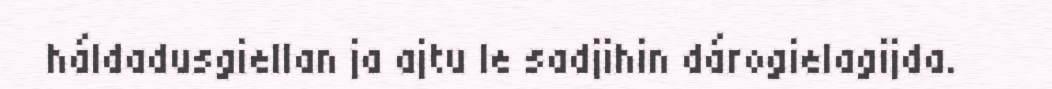
háldadusgiellan ja ajtu le sadjihin dárogielagijda.